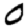
Digit: 0